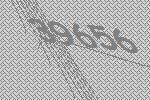
39656